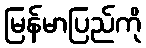
မြန်မာပြည်ကို